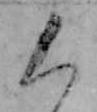
く